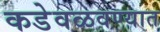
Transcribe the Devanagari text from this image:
कडेवळवण्यात